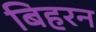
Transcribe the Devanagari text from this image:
बिहरन